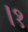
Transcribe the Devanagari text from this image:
।१